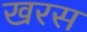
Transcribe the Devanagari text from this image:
खरस